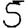
Digit: 5